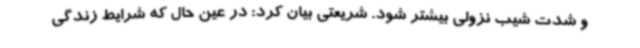
و شدت شیب نزولی بیشتر شود. شریعتی بیان کرد: در عین حال که شرایط زندگی